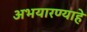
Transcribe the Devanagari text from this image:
अभयारण्याहे